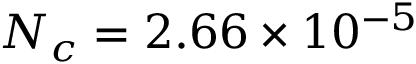
N _ { c } = 2 . 6 6 \times 1 0 ^ { - 5 }